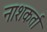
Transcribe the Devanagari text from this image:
नाशकर्ता